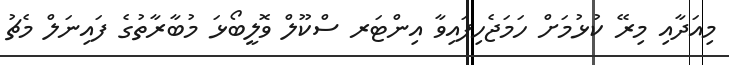
މިއަދާއި މިރޭ ކުޅުމަށް ހަމަޖެހިފައިވާ އިންޓަރ ސްކޫލް ވޮލީބޯޅަ މުބާރާތުގެ ފައިނަލް މެޗު